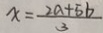
x = \frac { 2 a + 5 b } { 3 }